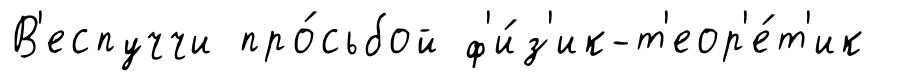
В'еспуччи про́сьбой ф'и́з'ик-т'еор'е́т'ик